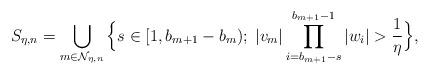
LaTeX: \begin{align*}S_{\eta,n}=\bigcup_{m\in \mathcal{N}_{\eta,n}}\Big\{s\in [1,b_{m+1}-b_m);\; |v_{m}|\prod_{i=b_{m+1}-s}^{b_{m+1}-1}|w_{i}|>\frac{1}{\eta}\Big\},\end{align*}